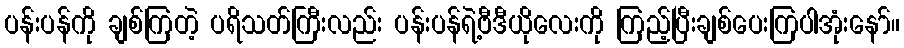
ပန်းပန်ကို ချစ်ကြတဲ့ ပရိသတ်ကြီးလည်း ပန်းပန်ရဲ့ဗီဒီယိုလေးကို ကြည့်ပြီးချစ်ပေးကြပါအုံးနော်။